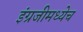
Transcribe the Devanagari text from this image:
इंग्रजीमध्येच